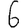
Digit: 6